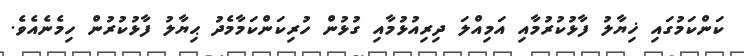
ކަންކަމުގައި ޚިޔާލު ފާޅުކުރުމާއި އަމިއްލަ ދިރިއުޅުމާއި ގުޅުން ހުރިކަންކަމާމެދު ޙިޔާލު ފާޅުކުރުން ހިމެނެއެވެ.